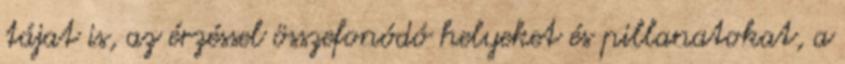
tájat is, az érzéssel összefonódó helyeket és pillanatokat, a